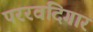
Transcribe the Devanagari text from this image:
पररवदिगार